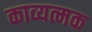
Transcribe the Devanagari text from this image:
काव्यत्मक